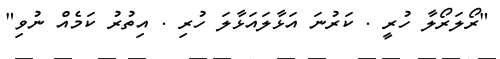
"ރޯލަރޯލާ ހުރީ . ކަރުނަ އަޅާލައަޅާލަ ހުރި . އިތުރު ކަމެއް ނުވި"